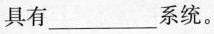
具有___系统。